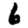
Digit: 6